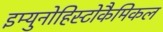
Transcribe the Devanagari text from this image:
इम्युनोहिस्टोकैमिकल